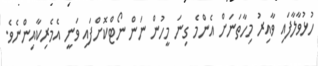
ހުޅުވާލާފައި ވާއިރު މިހާތަނަށް އެންމެ ގިނަ މީހުން ނަން ނޯޓްކޮށްފައި ވަނީ އެމެރިކާއިންނެވެ.